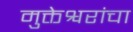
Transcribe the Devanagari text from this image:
मुक्तेश्वरांचा